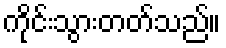
ကိုင်းသွားတတ်သည်။